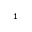
_ 1